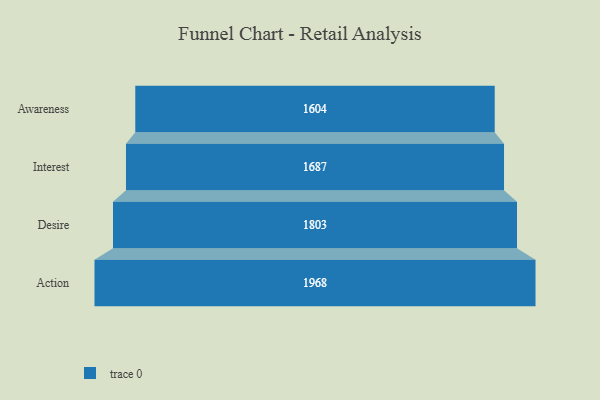
{"axis": {"x": "Stage", "y": "Value"}, "legend": [""], "data": [{"x": "Awareness", "y": 1604.0, "type": ""}, {"x": "Interest", "y": 1687.0, "type": ""}, {"x": "Desire", "y": 1803.0, "type": ""}, {"x": "Action", "y": 1968.0, "type": ""}]}